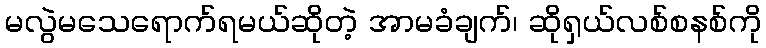
မလွဲမသေရောက်ရမယ်ဆိုတဲ့ အာမခံချက်၊ ဆိုရှယ်လစ်စနစ်ကို